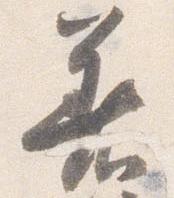
着